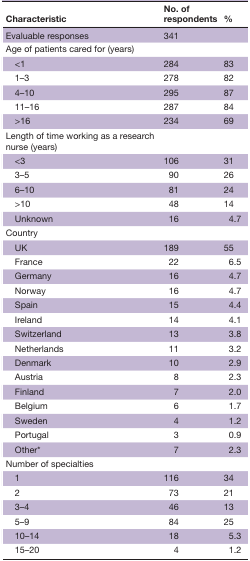
| Characteristic | No. of respondents | % |
 | --- | --- | --- |
 | Evaluable responses | 341 |  |
 | Age of patients cared for (years) |  |  |
 | <1 | 284 | 83 |
 | 1–3 | 278 | 82 |
 | 4–10 | 295 | 87 |
 | 11–16 | 287 | 84 |
 | >16 | 234 | 69 |
 | Length of time working as a research nurse (years) |  |  |
 | <3 | 106 | 31 |
 | 3–5 | 90 | 26 |
 | 6–10 | 81 | 24 |
 | >10 | 48 | 14 |
 | Unknown | 16 | 4.7 |
 | Country |  |  |
 | UK | 189 | 55 |
 | France | 22 | 6.5 |
 | Germany | 16 | 4.7 |
 | Norway | 16 | 4.7 |
 | Spain | 15 | 4.4 |
 | Ireland | 14 | 4.1 |
 | Switzerland | 13 | 3.8 |
 | Netherlands | 11 | 3.2 |
 | Denmark | 10 | 2.9 |
 | Austria | 8 | 2.3 |
 | Finland | 7 | 2.0 |
 | Belgium | 6 | 1.7 |
 | Sweden | 4 | 1.2 |
 | Portugal | 3 | 0.9 |
 | Other* | 7 | 2.3 |
 | Number of specialties |  |  |
 | 1 | 116 | 34 |
 | 2 | 73 | 21 |
 | 3–4 | 46 | 13 |
 | 5–9 | 84 | 25 |
 | 10–14 | 18 | 5.3 |
 | 15–20 | 4 | 1.2 |